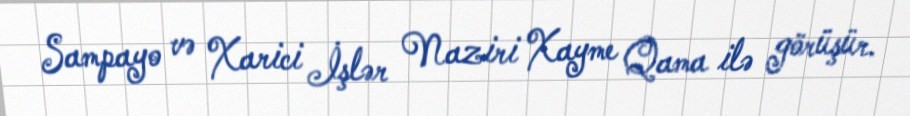
Sampayo və Xarici İşlər Naziri Xayme Qama ilə görüşür.